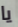
يا